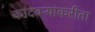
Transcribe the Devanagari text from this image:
कांदबऱ्यांकरीता